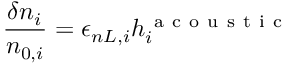
\frac { \delta n _ { i } } { n _ { 0 , i } } = \epsilon _ { n L , i } h _ { i } ^ { \mathrm { ~ a ~ c ~ o ~ u ~ s ~ t ~ i ~ c ~ } }